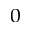
_ { 0 }